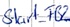
Text: Start_FB2